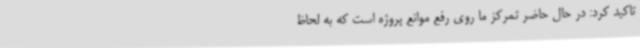
تاکید کرد: در حال حاضر تمرکز ما روی رفع موانع پروژه است که به لحاظ